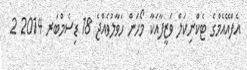
އެފްއޭއެމްގެ ޓެކްނިކަލް ވަޒީފާއަކާ މޯހަން ހަވާލުވެއްޖެ 18 ޑިސެމްބަރ 2014 2